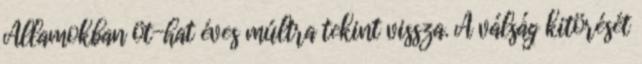
Államokban öt-hat éves múltra tekint vissza. A válság kitörését